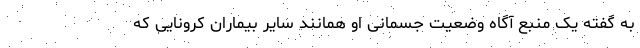
به گفته یک منبع آگاه وضعیت جسمانی او همانند سایر بیماران کرونایی که